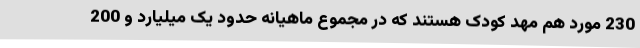
230 مورد هم مهد کودک هستند که در مجموع ماهیانه حدود یک میلیارد و 200